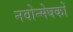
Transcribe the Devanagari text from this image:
नवोन्मेषकों